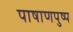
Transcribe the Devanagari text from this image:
पाषाणपुष्प